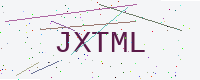
Text: JXTML